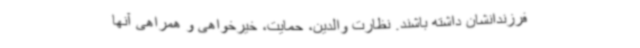
فرزندانشان داشته باشند. نظارت والدین، حمایت، خیرخواهی و همراهی آنها